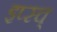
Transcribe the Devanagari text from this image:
इप्स्च्